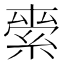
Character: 𮈖